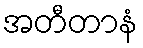
အတီတာနံ